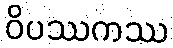
ဝိပဿကဿ